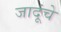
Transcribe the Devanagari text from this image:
जादूंचे